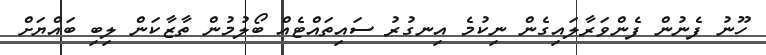
ހޫނު ފެނުން ފެންވަރާލައިގެން ނިކުމެ އިނގުރު ސައިތައްޓެއް ބޯލުމުން ތާޒާކަން ލިބި ބައްޔަށް